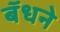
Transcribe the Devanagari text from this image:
बॅधने